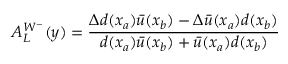
A _ { L } ^ { W ^ { - } } ( y ) = { \frac { \Delta d ( x _ { a } ) \bar { u } ( x _ { b } ) - \Delta \bar { u } ( x _ { a } ) d ( x _ { b } ) } { d ( x _ { a } ) \bar { u } ( x _ { b } ) + \bar { u } ( x _ { a } ) d ( x _ { b } ) } }